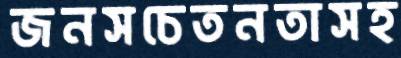
জনসচেতনতাসহ